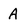
Character: A